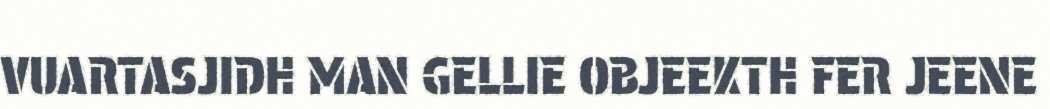
VUARTASJIDH MAN GELLIE OBJEEKTH FER JEENE